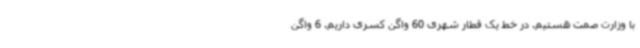
با وزارت صمت هستیم. در خط یک قطار شهری 60 واگن کسری داریم. 6 واگن